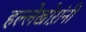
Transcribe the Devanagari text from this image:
हल्लेखोऱांनी